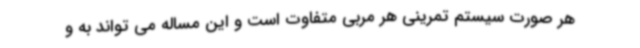
هر صورت سیستم تمرینی هر مربی متفاوت است و این مساله می تواند به و